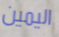
اليمين